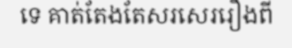
ទេ គាត់តែងតែសរសេររឿងពី